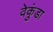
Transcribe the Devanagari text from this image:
वेकुंडा